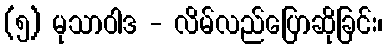
(၅) မုသာဝါဒ - လိမ်လည်ပြောဆိုခြင်း၊